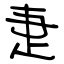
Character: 疌